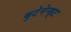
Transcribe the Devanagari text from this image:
बुटेनेन्ड्ट